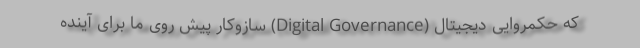
که حکمروایی دیجیتال (Digital Governance) سازوکار پیش روی ما برای آینده